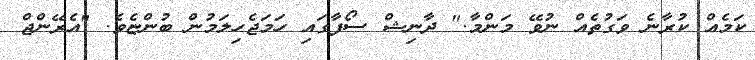
ކަމެއް ކުރާނެ ވަގުތެއް ނުވޭ މަންމާ." ދާނިޝް ސޯފާގައި ހަމަޖެހިލަމުން ބުންޏެވެ. "އެރޭންޖް